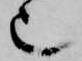
也